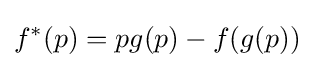
f^{*}(p)=pg(p)-f(g(p))